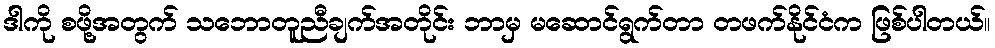
ဒါကို စဖို့အတွက် သဘောတူညီချက်အတိုင်း ဘာမှ မဆောင်ရွက်တာ တဖက်နိုင်ငံက ဖြစ်ပါတယ်။